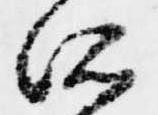
所